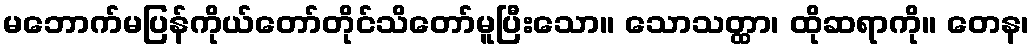
မဘောက်မပြန်ကိုယ်တော်တိုင်သိတော်မူပြီးသော။ သောသတ္ထာ၊ ထိုဆရာကို။ တေန၊